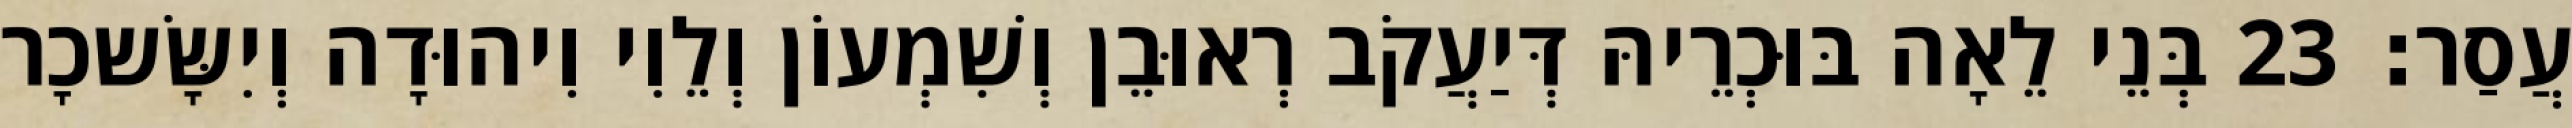
עֲסַר׃ 23 בְּנֵי לֵאָה בּוּכְרֵיהּ דְּיַעֲקֹב רְאוּבֵן וְשִׁמְעוֹן וְלֵוִי וִיהוּדָה וְיִשָּׂשכָר